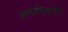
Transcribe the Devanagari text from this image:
अन्धविश्वासी